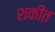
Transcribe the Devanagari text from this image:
शकीत